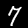
Digit: 7